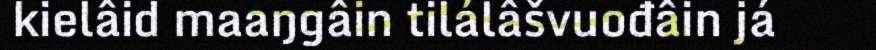
kielâid maaŋgâin tilálâšvuođâin já